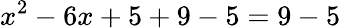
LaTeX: x^{2}-6x+5+9-5=9-5